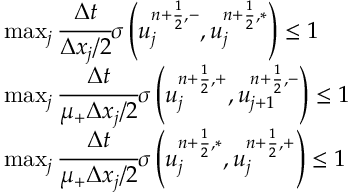
\begin{array} { r l } & { \operatorname* { m a x } _ { j } \cfrac { \Delta t } { \Delta x _ { j } / 2 } \sigma \left( u _ { j } ^ { n + \frac { 1 } { 2 } , - } , u _ { j } ^ { n + \frac { 1 } { 2 } , \ast } \right) \leq 1 } \\ & { \operatorname* { m a x } _ { j } \cfrac { \Delta t } { \mu _ { + } \Delta x _ { j } / 2 } \sigma \left( u _ { j } ^ { n + \frac { 1 } { 2 } , + } , u _ { j + 1 } ^ { n + \frac { 1 } { 2 } , - } \right) \leq 1 } \\ & { \operatorname* { m a x } _ { j } \cfrac { \Delta t } { \mu _ { + } \Delta x _ { j } / 2 } \sigma \left( u _ { j } ^ { n + \frac { 1 } { 2 } , \ast } , u _ { j } ^ { n + \frac { 1 } { 2 } , + } \right) \leq 1 } \end{array}